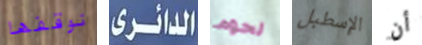
نوقفها الدائرى لحوم الإسطبل أن